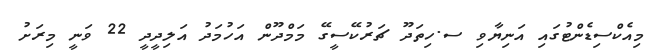
މިއެކްސިޑެންޓުގައި އަނިޔާވި ސ.ހިތަދޫ ޗަރުކޭސީގޭ މަމްދޫން އަހުމަދު އަލިދީދީ 22 ވަނީ މިރަށު